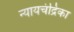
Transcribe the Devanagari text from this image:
न्यायचंद्रिका